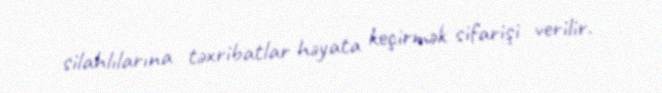
silahlılarına təxribatlar həyata keçirmək sifarişi verilir.